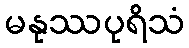
မနုဿပုရိသံ